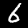
Digit: 6